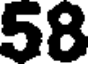
58